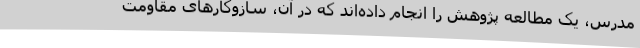
مدرس، یک مطالعه پژوهش را انجام داده‌اند که در آن، سازوکارهای مقاومت